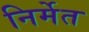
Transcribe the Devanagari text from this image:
निर्मेत